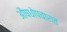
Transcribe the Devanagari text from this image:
औषधोपचारात